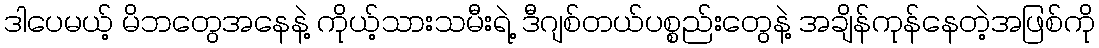
ဒါပေမယ့် မိဘတွေအနေနဲ့ ကိုယ့်သားသမီးရဲ့ ဒီဂျစ်တယ်ပစ္စည်းတွေနဲ့ အချိန်ကုန်နေတဲ့အဖြစ်ကို